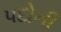
પદોની